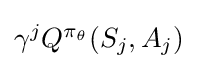
{\textstyle \gamma ^{j}Q^{\pi _{\theta }}(S_{j},A_{j})}